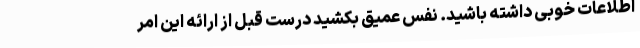
اطلاعات خوبی داشته باشید. نفس عمیق بکشید درست قبل از ارائه این امر